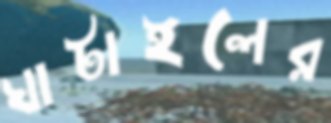
ঘাটাইলের